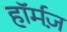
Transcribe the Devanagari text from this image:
हॉर्मज़